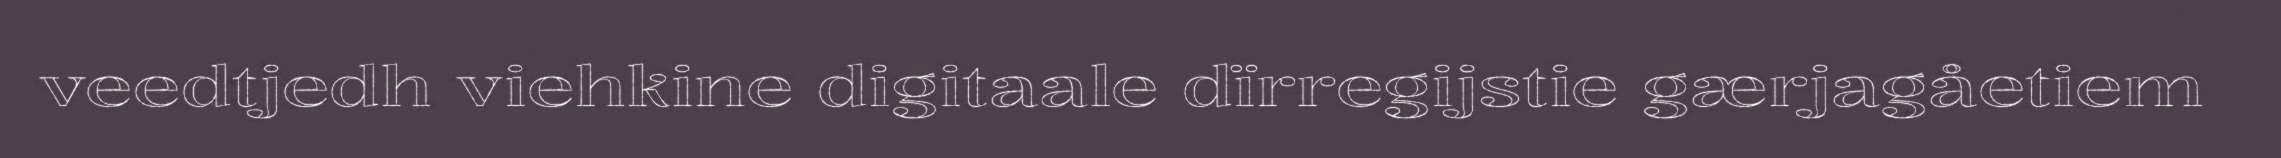
veedtjedh viehkine digitaale dïrregijstie gærjagåetiem